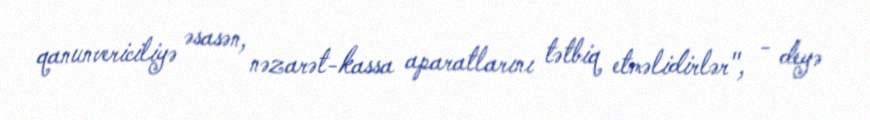
qanunvericiliyə əsasən, nəzarət-kassa aparatlarını tətbiq etməlidirlər", - deyə